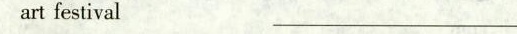
artfestival_________